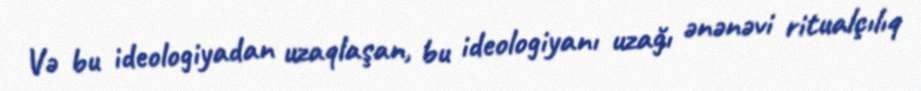
Və bu ideologiyadan uzaqlaşan, bu ideologiyanı uzağı ənənəvi ritualçılıq